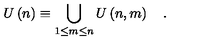
U \left( n \right) \equiv \bigcup _ { 1 \le m \le n } U \left( n , m \right) \quad .